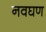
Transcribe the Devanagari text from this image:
नवघण